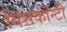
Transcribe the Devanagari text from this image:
विसकॉन्टी